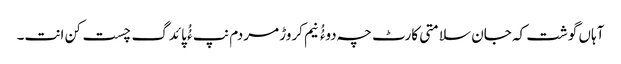
آہاں گوشت کہ جان سلامتی کارٹ چہ دوءُُ نیم کروڑ مردم نپ ءُُ پائدگ چست کن انت۔